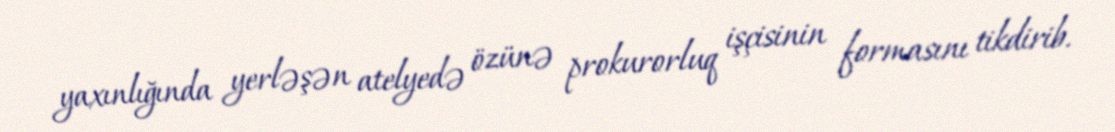
yaxınlığında yerləşən atelyedə özünə prokurorluq işçisinin formasını tikdirib.